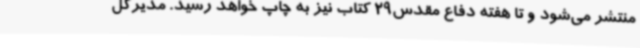
منتشر می‌شود و تا هفته دفاع مقدس29 کتاب نیز به چاپ خواهد رسید. مدیرکل